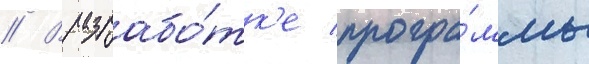
// В разрабо́тк'е програ́ммы